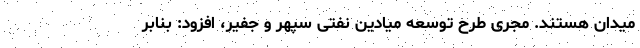
میدان هستند. مجری طرح توسعه میادین نفتی سپهر و جفیر، افزود: بنابر